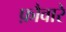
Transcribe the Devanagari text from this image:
फ़ौवारे